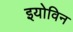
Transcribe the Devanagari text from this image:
इयोविन